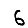
Digit: 6